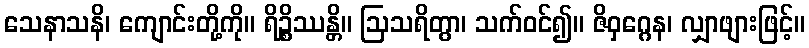
သေနာသနိ၊ ကျောင်းတို့ကို။ ရိဉ္စိဿန္တိ။ ဩသရိတွာ၊ သက်ဝင်၍။ ဇိဝှဂ္ဂေန၊ လျှာဖျားဖြင့်။